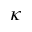
\kappa